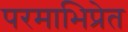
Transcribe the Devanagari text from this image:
परमाभिप्रेत